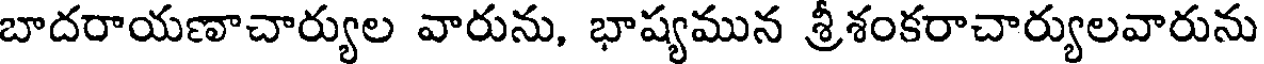
బాదరాయణాచార్యుల వారును, భాష్యమున శ్రీశంకరాచార్యులవారును